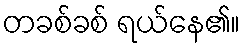
တခစ်ခစ် ရယ်နေ၏။